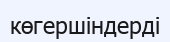
көгершіндерді